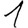
Digit: 1